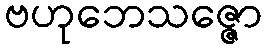
ဗဟုဘေသဇ္ဇော